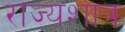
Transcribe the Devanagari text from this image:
राज्यशात्र